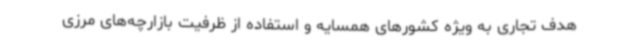
هدف تجاری به ویژه کشورهای همسایه و استفاده از ظرفیت بازارچه‌های مرزی